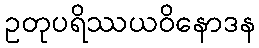
ဥတုပရိဿယဝိနောဒန